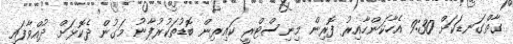
ގާތްގަނޑަކަށް 9:30 އެހާކަންހާއިރު ފޮރިން މިނިސްޓްރީ ކައިރިން ބޮޑުތަކުރުފާނު މަގުން ދެކޮޅަށް ދުއްވާފައި